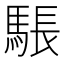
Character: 𮪉